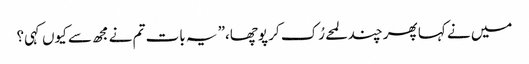
میں نے کہا پھر چند لمحے رُک کر پوچھا،” یہ بات تم نے مجھ سے کیوں کہی؟